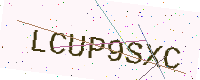
Text: LCUP9SXC